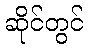
ဆိုင်တွင်